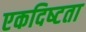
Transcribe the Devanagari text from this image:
एकदिष्‍टता